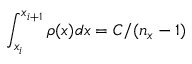
\int _ { x _ { i } } ^ { x _ { i + 1 } } \rho ( x ) d x = C / ( n _ { x } - 1 )